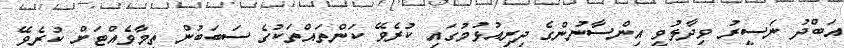
އަބްދު ނަސީރު ވިދާޅުވީ އިންސާނުންގެ ދިރިއުޅުމުގައި ކުރެވޭ ކަންތައްތަކުގެ ސަބަބުން ތިމާވެއްޓަށް ކުރެވޭ